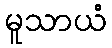
မူသာယံ